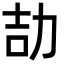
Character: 劼